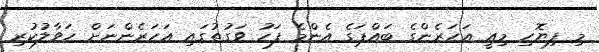
މި ފިޔޮހި މިއީ އަހަރެންގެ ބައްޕަގެ އެންމެ ފަހު ވަގުތުގައި އަހަރެންނަށް ހަވާލުކުރި